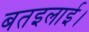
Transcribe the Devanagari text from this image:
बतइलाई।